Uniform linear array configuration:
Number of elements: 4
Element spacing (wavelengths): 0.25
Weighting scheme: kaiser
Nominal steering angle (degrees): -15
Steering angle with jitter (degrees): -13.179
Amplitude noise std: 0.05
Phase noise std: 0.05

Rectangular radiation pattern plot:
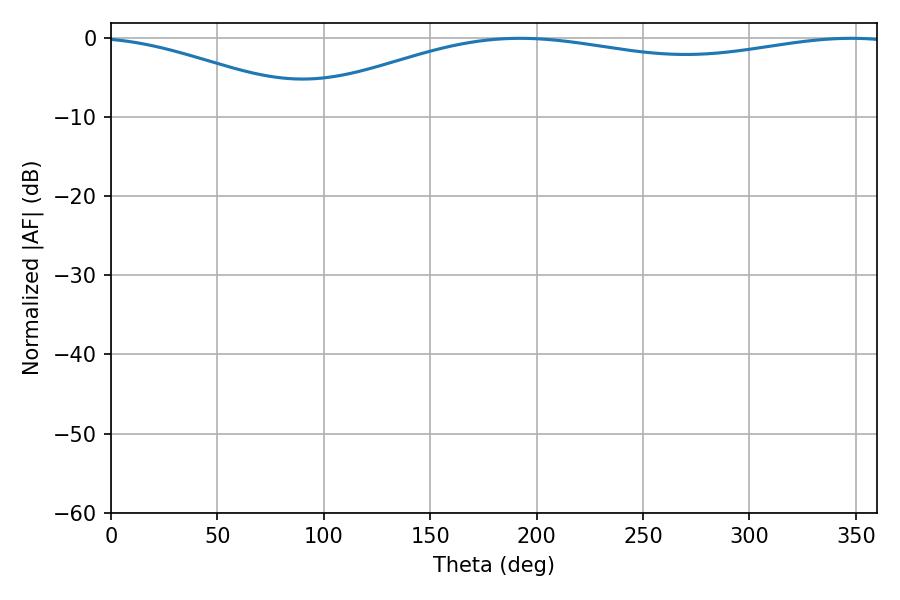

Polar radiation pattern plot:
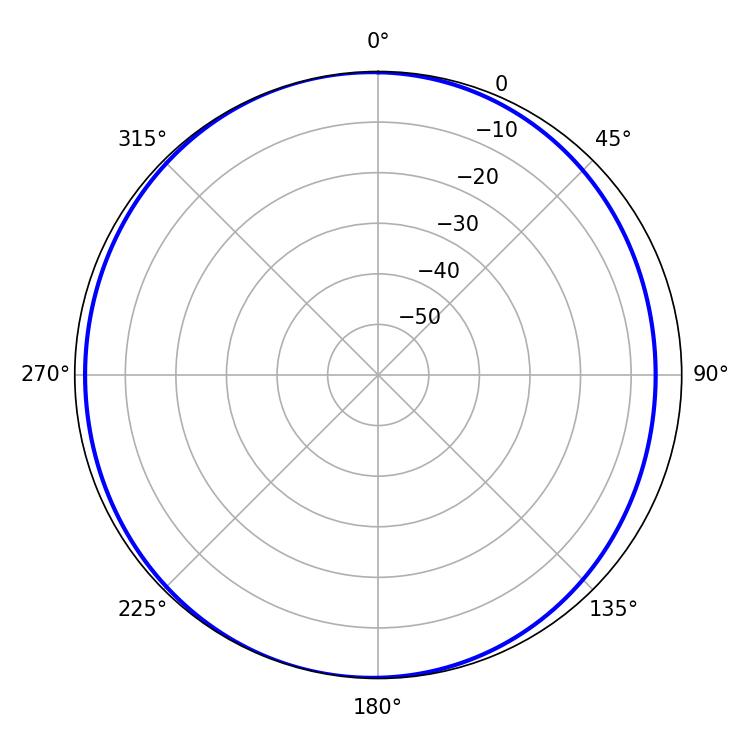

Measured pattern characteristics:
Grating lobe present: FALSE
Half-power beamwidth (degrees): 227.7
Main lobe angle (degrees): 192.24